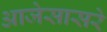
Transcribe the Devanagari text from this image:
आजेसासरे